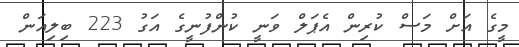
މީގެ އަށް މަސް ކުރިން އެޕަލް ވަނީ ކުންފުނީގެ އަގު 223 ބިލިއަން